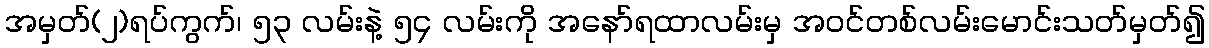
အမှတ်(၂)ရပ်ကွက်၊ ၅၃ လမ်းနဲ့ ၅၄ လမ်းကို အနော်ရထာလမ်းမှ အဝင်တစ်လမ်းမောင်းသတ်မှတ်၍